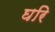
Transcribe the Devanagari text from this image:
घरि